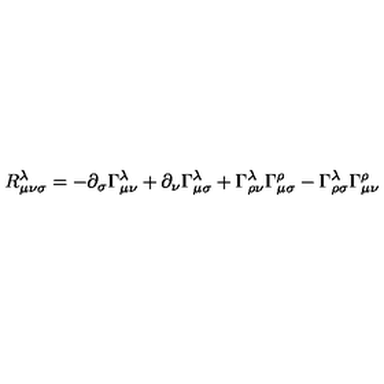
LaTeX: R _ { \mu \nu \sigma } ^ { \lambda } = - \partial _ { \sigma } \Gamma _ { \mu \nu } ^ { \lambda } + \partial _ { \nu } \Gamma _ { \mu \sigma } ^ { \lambda } + \Gamma _ { \rho \nu } ^ { \lambda } \Gamma _ { \mu \sigma } ^ { \rho } - \Gamma _ { \rho \sigma } ^ { \lambda } \Gamma _ { \mu \nu } ^ { \rho }